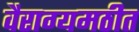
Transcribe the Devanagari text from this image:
वैराग्यमठीत